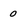
Character: 0